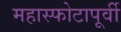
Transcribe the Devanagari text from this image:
महास्फोटापूर्वी